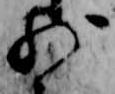
少